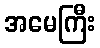
အမေကြီး